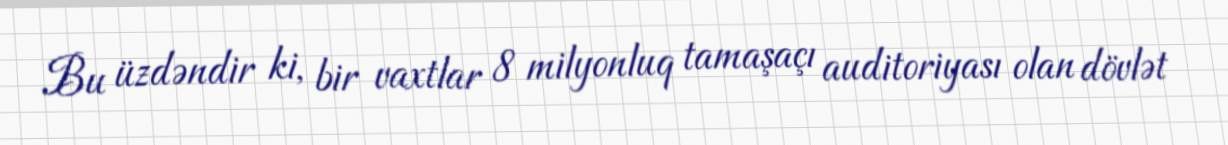
Bu üzdəndir ki, bir vaxtlar 8 milyonluq tamaşaçı auditoriyası olan dövlət